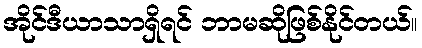
အိုင်ဒီယာသာရှိရင် ဘာမဆိုဖြစ်နိုင်တယ်။